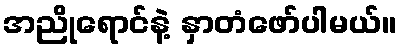
အညိုရောင်နဲ့ နှာတံဖော်ပါမယ်။